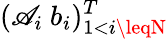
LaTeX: (\mathscr{A}_{i}\ b_{i})_{1<i\leqN}^{T}